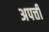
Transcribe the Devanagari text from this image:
अपत्ती